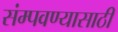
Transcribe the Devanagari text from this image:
संम्पवण्यासाठी